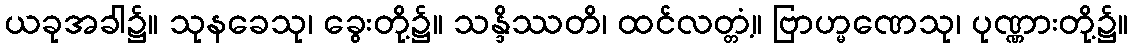
ယခုအခါ၌။ သုနခေသု၊ ခွေးတို့၌။ သန္ဒိဿတိ၊ ထင်လတ္တံ့။ ဗြာဟ္မဏေသု၊ ပုဏ္ဏားတို့၌။